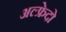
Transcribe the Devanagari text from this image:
अल्फ्रेदो